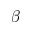
\beta